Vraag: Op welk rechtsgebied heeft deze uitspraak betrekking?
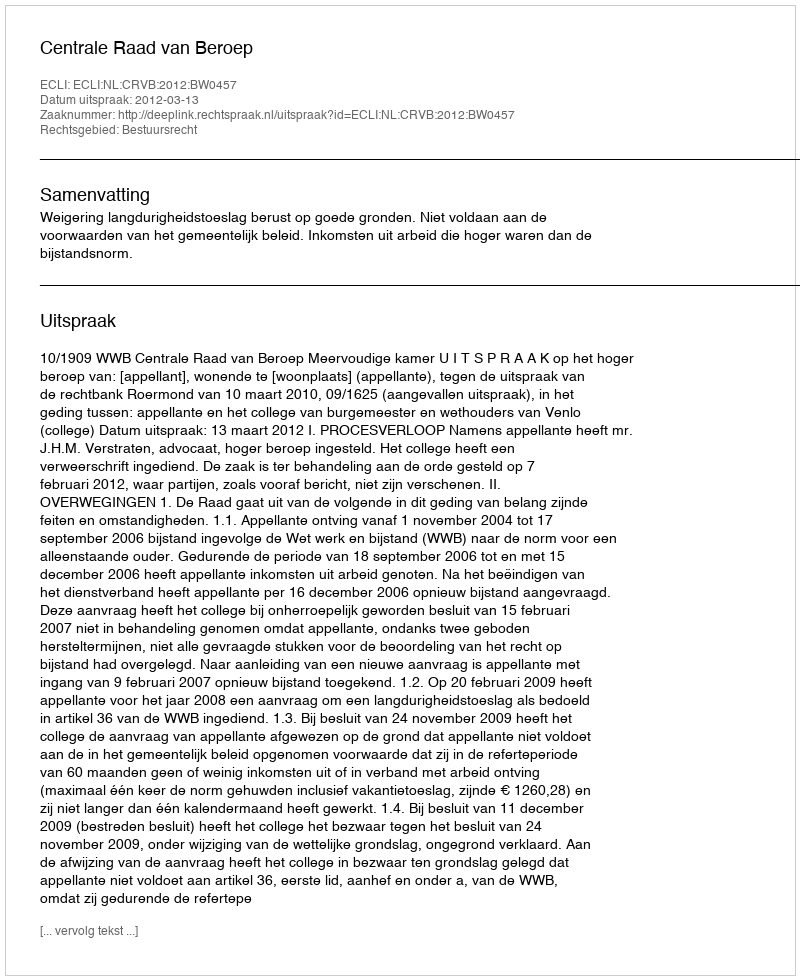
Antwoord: Bestuursrecht